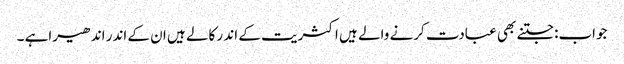
جواب:جتنے بھی عبادت کرنے والے ہیں اکثریت کے اند ر کالے ہیں ان کے اندر اندھیراہے ۔